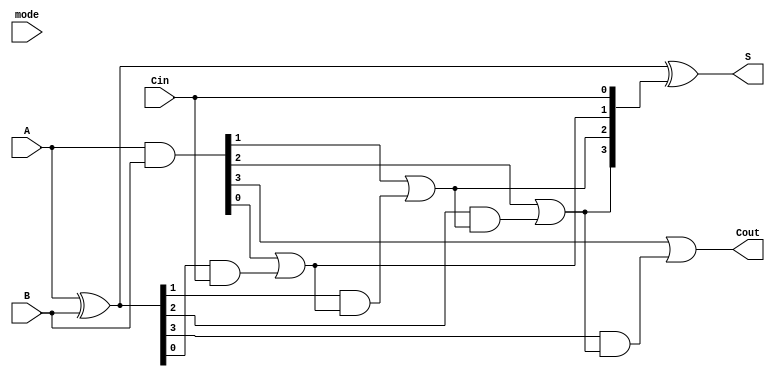
module VLCLA #(parameter n = 4) (
    input  [n-1:0] A,      // First operand
    input  [n-1:0] B,      // Second operand
    input         Cin,      // Carry-in
    input  [1:0] mode,      // Mode selection (00: fast, 01: medium, 10: slow)
    output [n-1:0] S,      // Sum output
    output        Cout      // Carry-out output
);

    wire [n-1:0] G;        // Generate signals
    wire [n-1:0] P;        // Propagate signals
    wire [n:0] C;          // Carry signals (C[0] is Cin)

    // Generate and Propagate calculations
    assign G = A & B;      // G[i] = A[i] AND B[i]
    assign P = A ^ B;      // P[i] = A[i] XOR B[i]

    // Carry signal calculations
    assign C[0] = Cin;

    genvar i;
    generate
        for (i = 1; i <= n; i = i + 1) begin : carry_gen
            assign C[i] = G[i-1] | (P[i-1] & C[i-1]); // C[i] = G[i-1] OR (P[i-1] AND C[i-1])
        end
    endgenerate

    // Sum calculation
    assign S = P ^ C[n-1:0]; // S[i] = P[i] XOR C[i]

    // Carry-out
    assign Cout = C[n];

    // Variable latency control
    // Example implementation of variable latency based on mode
    // This is a simple illustration and can be expanded based on requirements
    wire [n-1:0] S_fast, S_medium, S_slow;
    assign S_fast = P ^ C[n-1:0]; // Fast path
    assign S_medium = P ^ C[n-1:0]; // Medium path (can add more logic for complexity)
    assign S_slow = P ^ C[n-1:0]; // Slow path (can add more logic for complexity)

    // Multiplexer to select the output based on mode
    always @(*) begin
        case (mode)
            2'b00: S = S_fast;   // Fast mode
            2'b01: S = S_medium; // Medium mode
            2'b10: S = S_slow;   // Slow mode
            default: S = S_fast; // Default to fast mode
        endcase
    end

endmodule